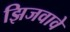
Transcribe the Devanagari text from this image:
झिजवावे